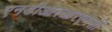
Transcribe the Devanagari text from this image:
एनडीआरआरएमसी